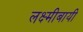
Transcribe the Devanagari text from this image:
लक्ष्मीबायी